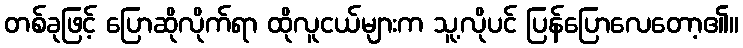
တစ်ခုဖြင့် ပြောဆိုလိုက်ရာ ထိုလူငယ်များက သူ့လိုပင် ပြန်ပြောလေတော့၏။